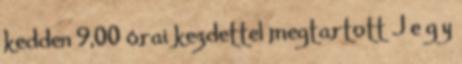
kedden 9,00 órai kezdettel megtartott J e g y